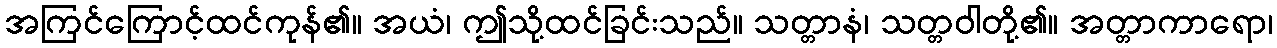
အကြင်ကြောင့်ထင်ကုန်၏။ အယံ၊ ဤသို့ထင်ခြင်းသည်။ သတ္တာနံ၊ သတ္တဝါတို့၏။ အတ္တာကာရော၊